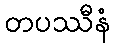
တပဿီနံ